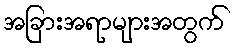
အခြားအရာများအတွက်